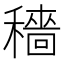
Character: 穡